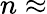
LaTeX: n\approx